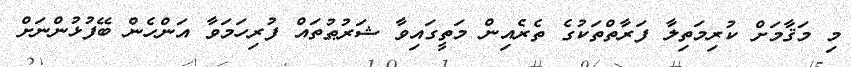
މި މަޤާމަށް ކުރިމަތިލާ ފަރާތްތަކުގެ ތެރެއިން މަތީގައިވާ ޝަރުޠުތައް ފުރިހަމަވާ އަންހެން ބޭފުޅުންނަށް